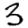
Digit: 3